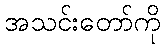
အသင်းတော်ကို